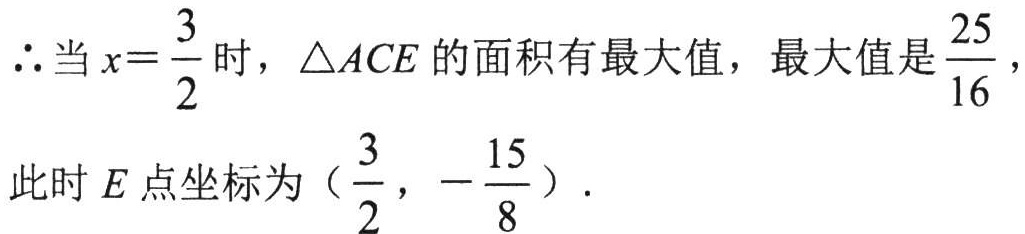
\(\therefore\)当 \(x = \frac{3}{2}\) 时，\(\triangle ACE\) 的面积有最大值，最大值是 \(\frac{25}{16}\)，
此时 \(E\) 点坐标为（\(\frac{3}{2},-\frac{15}{8}\)）.